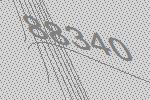
88340